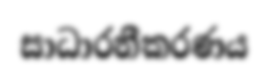
සාධාරනීකරණය